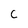
Character: C